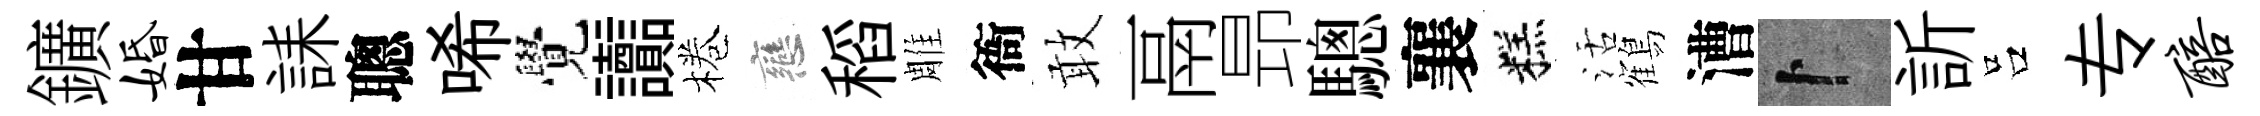
鑛婚甘誄聰唏覺讟棬戀稻雕衙敢鬲昻驄襄糕活鶴漕卜訢吕专醅